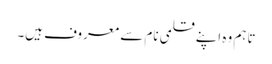
تاہم وہ اپنے قلمی نام سے معروف ہیں۔